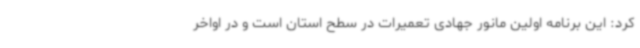
کرد: این برنامه اولین مانور جهادی تعمیرات در سطح استان است و در اواخر